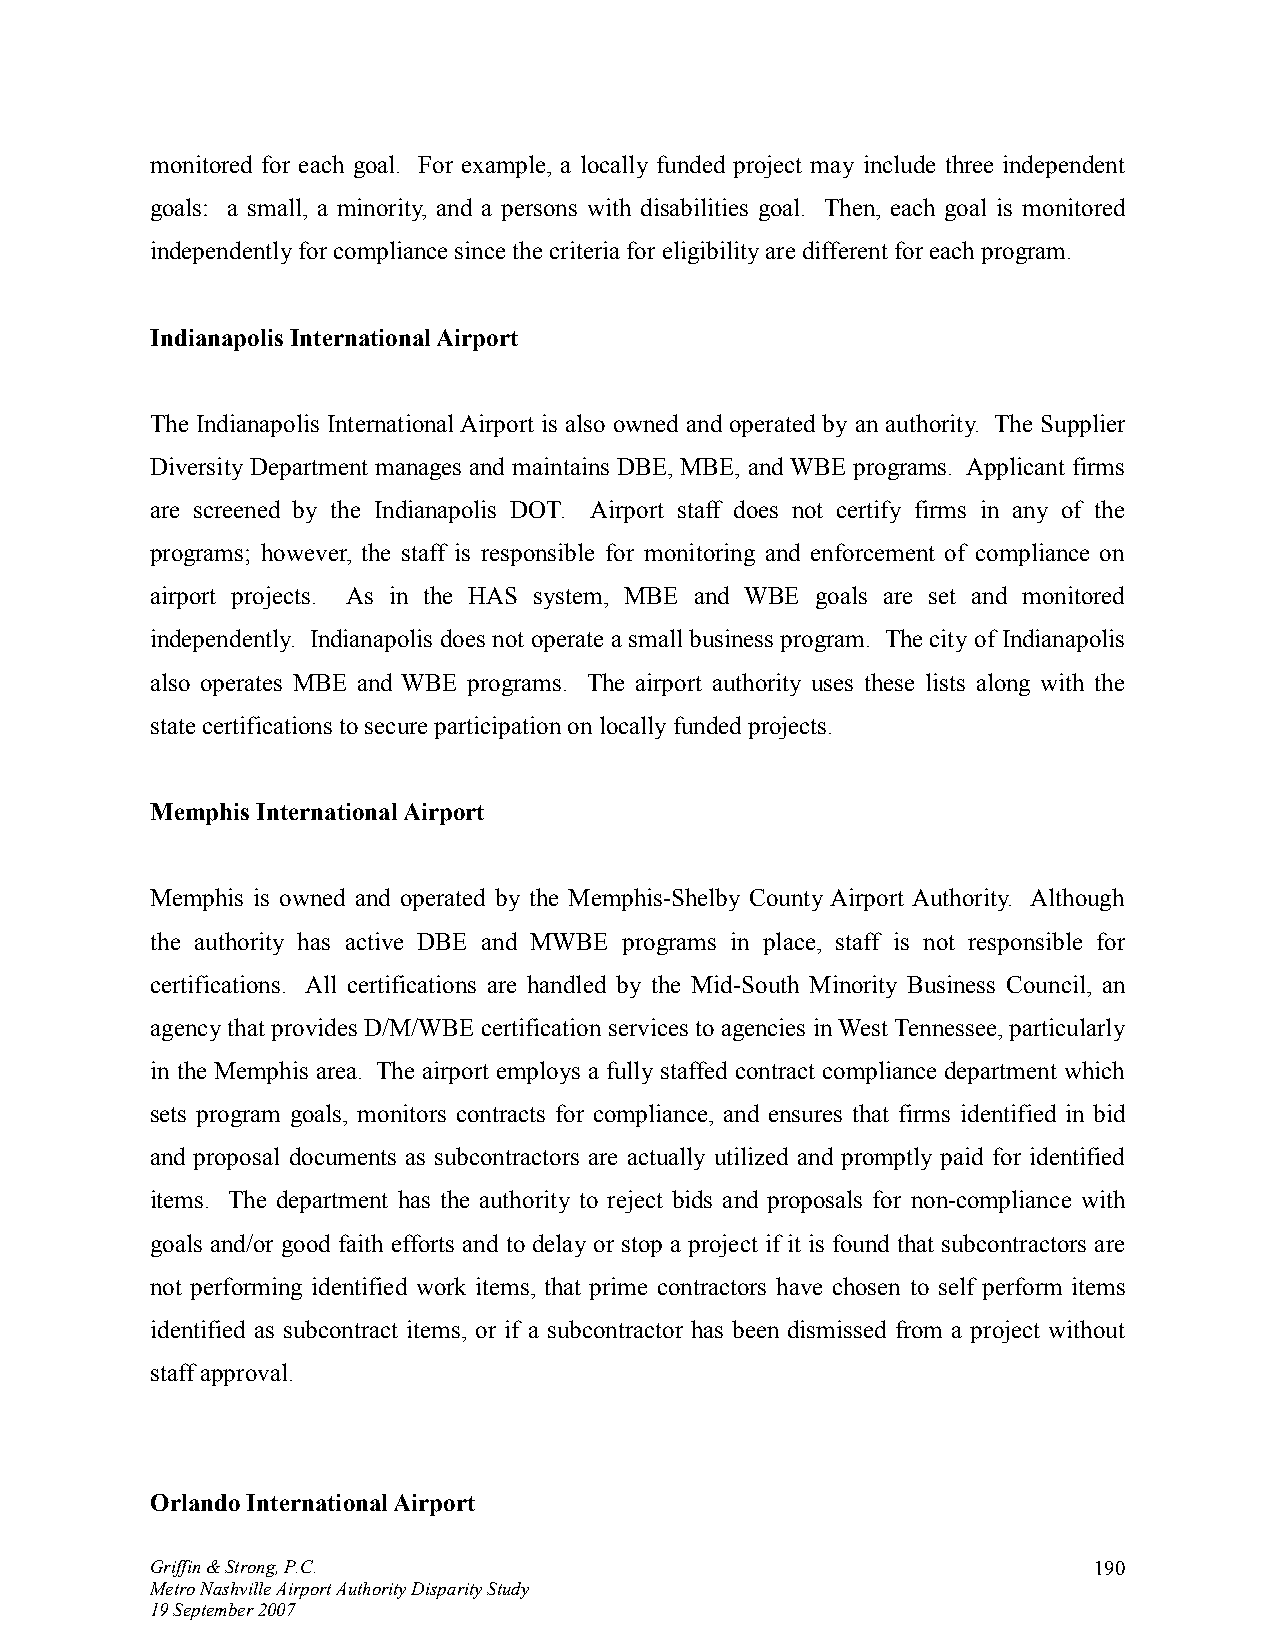
monitored for each goal. For example, a locally funded project may include three independent
 goals: a small, a minority, and a persons with disabilities goal. Then, each goal is monitored
 independently for compliance since the criteria for eligibility are different for each program.
 Indianapolis International Airport
 The Indianapolis International Airport is also owned and operated by an authority. The Supplier
 Diversity Department manages and maintains DBE, MBE, and WBE programs. Applicant firms
 are screened by the Indianapolis DOT. Airport staff does not certify firms in any of the
 programs; however, the staff is responsible for monitoring and enforcement of compliance on
 airport projects. As in the HAS system, MBE and WBE goals are set and monitored
 independently. Indianapolis does not operate a small business program. The city of Indianapolis
 also operates MBE and WBE programs. The airport authority uses these lists along with the
 state certifications to secure participation on locally funded projects.
 Memphis International Airport
 Memphis is owned and operated by the Memphis-Shelby County Airport Authority. Although
 the authority has active DBE and MWBE programs in place, staff is not responsible for
 certifications. All certifications are handled by the Mid-South Minority Business Council, an
 agency that provides D/M/WBE certification services to agencies in West Tennessee, particularly
 in the Memphis area. The airport employs a fully staffed contract compliance department which
 sets program goals, monitors contracts for compliance, and ensures that firms identified in bid
 and proposal documents as subcontractors are actually utilized and promptly paid for identified
 items. The department has the authority to reject bids and proposals for non-compliance with
 goals and/or good faith efforts and to delay or stop a project if it is found that subcontractors are
 not performing identified work items, that prime contractors have chosen to self perform items
 identified as subcontract items, or if a subcontractor has been dismissed from a project without
 staff approval.
 Orlando International Airport
 Griffin & Strong, P.C.                                        190
 Metro Nashville Airport Authority Disparity Study
 19 September 2007